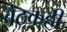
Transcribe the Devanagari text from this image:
बैठकही